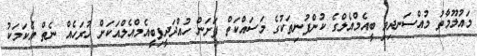
މައުލޫމާތު މުއްސަނދިވި ބީއެމްއެލްގެ ކުންފުނިތަކުގެ މަސައްކަތް ފަށަން ހުއްދަދީފިބީއެމްއެލްއަކަށް ހުރަހެއް ނެތް އެކަމަކު